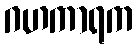
ဂဟကာရက